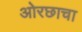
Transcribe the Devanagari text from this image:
ओरछाचा